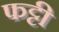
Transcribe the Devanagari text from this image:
फट्टी